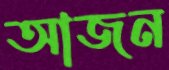
আজন